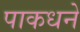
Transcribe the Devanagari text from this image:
पाकधने